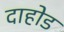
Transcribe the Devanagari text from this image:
दाहोड